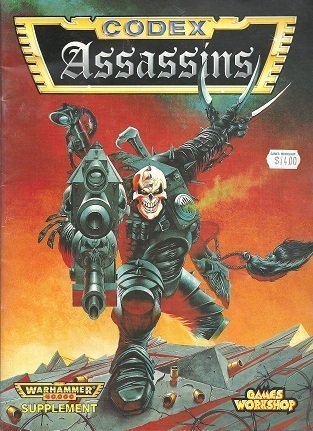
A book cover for Warhammer 40, 000 Codex: Assassins; Ian Pickstock; Science Fiction & Fantasy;